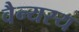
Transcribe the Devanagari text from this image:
वैन्यस्य